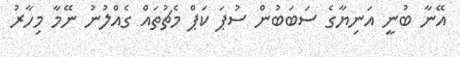
އޭނާ ބުނީ އަނިޔާގެ ސަބަބުން ސުޕަ ކަޕް މެޗުތައް ގެއްލުނު ނޭމާ މިހާރު